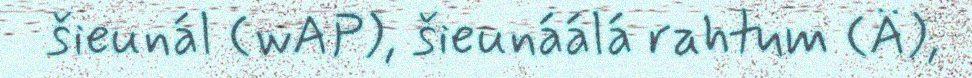
šieunál (wAP), šieunáálá rahtum (Ä),